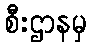
စီးဌာနမှ